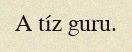
A tíz guru.